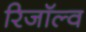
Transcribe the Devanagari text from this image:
रिजॉल्व